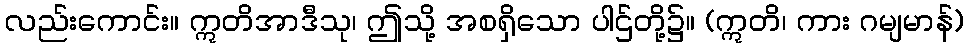
လည်းကောင်း။ ဣတိအာဒီသု၊ ဤသို့ အစရှိသော ပါဌ်တို့၌။ (ဣတိ၊ ကား ဂမျမာန်)